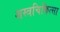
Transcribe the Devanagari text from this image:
शस्त्रचिकित्सा